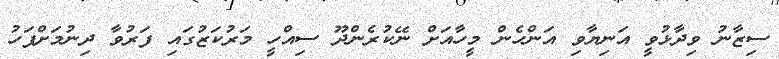
ސިޒާނު ވިދާޅުވީ އަނިޔާވި އަންހެން މީހާއަށް ނޭކުރެންދޫ ސިއްހީ މަރުކަޒުގައި ފަރުވާ ދިނުމަށްފަހު